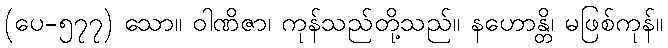
(ပေ-၅၇၇) သော။ ဝါဏိဇာ၊ ကုန်သည်တို့သည်။ နဟောန္တိ၊ မဖြစ်ကုန်။